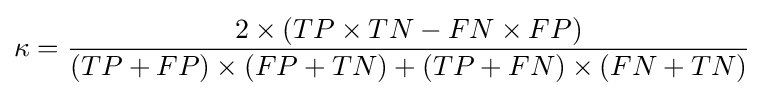
\kappa ={\frac {2\times (TP\times TN-FN\times FP)}{(TP+FP)\times (FP+TN)+(TP+FN)\times (FN+TN)}}